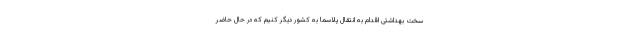
سخت بهداشتی اقدام به انتقال پلاسما به کشور دیگر کنیم که در حال حاضر